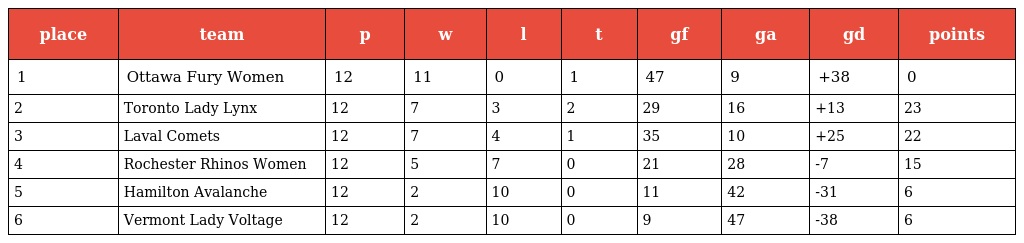
| place | team | p | w | l | t | gf | ga | gd | points |
 | --- | --- | --- | --- | --- | --- | --- | --- | --- | --- |
 | 1 | Ottawa Fury Women | 12 | 11 | 0 | 1 | 47 | 9 | +38 | 0 |
 | 2 | Toronto Lady Lynx | 12 | 7 | 3 | 2 | 29 | 16 | +13 | 23 |
 | 3 | Laval Comets | 12 | 7 | 4 | 1 | 35 | 10 | +25 | 22 |
 | 4 | Rochester Rhinos Women | 12 | 5 | 7 | 0 | 21 | 28 | -7 | 15 |
 | 5 | Hamilton Avalanche | 12 | 2 | 10 | 0 | 11 | 42 | -31 | 6 |
 | 6 | Vermont Lady Voltage | 12 | 2 | 10 | 0 | 9 | 47 | -38 | 6 |